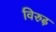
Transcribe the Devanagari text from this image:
विरुढ़